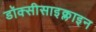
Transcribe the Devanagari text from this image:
डॉक्सीसाइक्लाइन